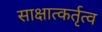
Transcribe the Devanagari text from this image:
साक्षात्कर्तृत्व